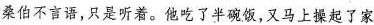
桑伯不言语，只是听着。他吃了半碗饭，又马上操起了家